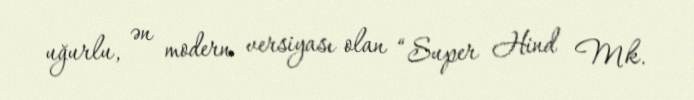
uğurlu, ən modern versiyası olan “Super Hind Mk.